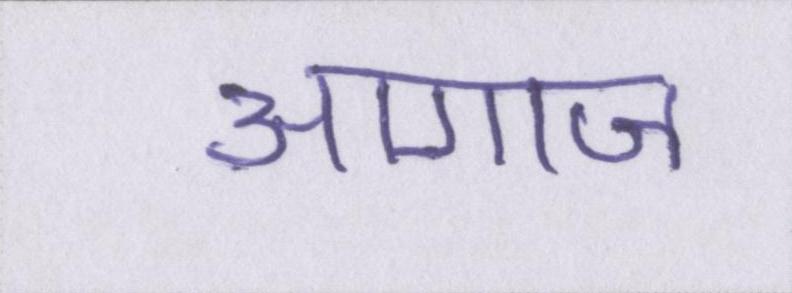
आगाज